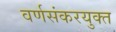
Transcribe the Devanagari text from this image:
वर्णसंकरयुक्त